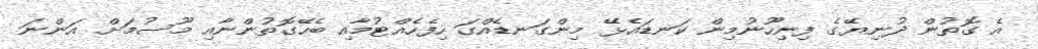
އެ ގޮތުން ދުނިޔޭގެ ފިނިހޫނުމިން ކަނޑައެޅޭ މިންގަނޑެއްގަ ހިފެހެއްޓުމާއި ބެހޭގޮތުންނާއި މޫސުމަށް އަންނަ